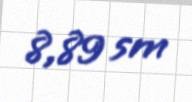
8,89 sm